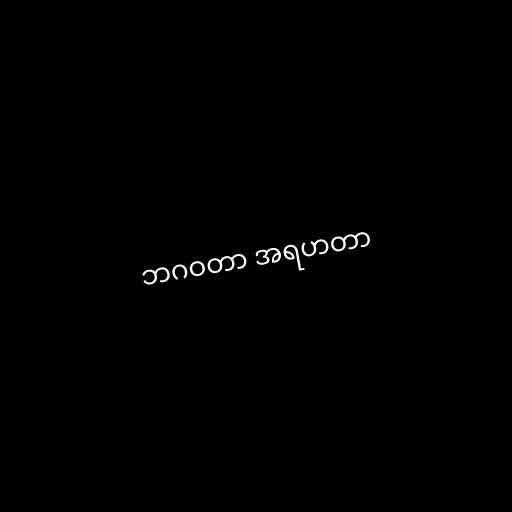
ဘဂဝတာ အရဟတာ